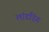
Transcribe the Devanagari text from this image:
लांडरिंग